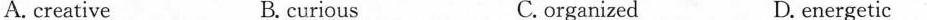
A. creative B. curious C.organized D.energetic